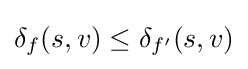
\delta _{f}(s,v)\leq \delta _{f'}(s,v)